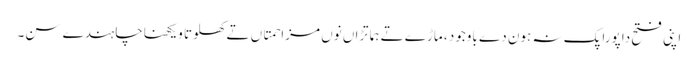
اپنی فتح دا پورا پک نہ ہون دے باوجود ، ماڑے تے ہماتڑاں نوں مزاحمتاں تے کھلوتا ویکھناچاہندے سن۔